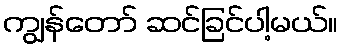
ကျွန်တော် ဆင်ခြင်ပါ့မယ်။